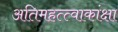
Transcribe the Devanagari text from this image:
अतिमहत्त्वाकांक्षा